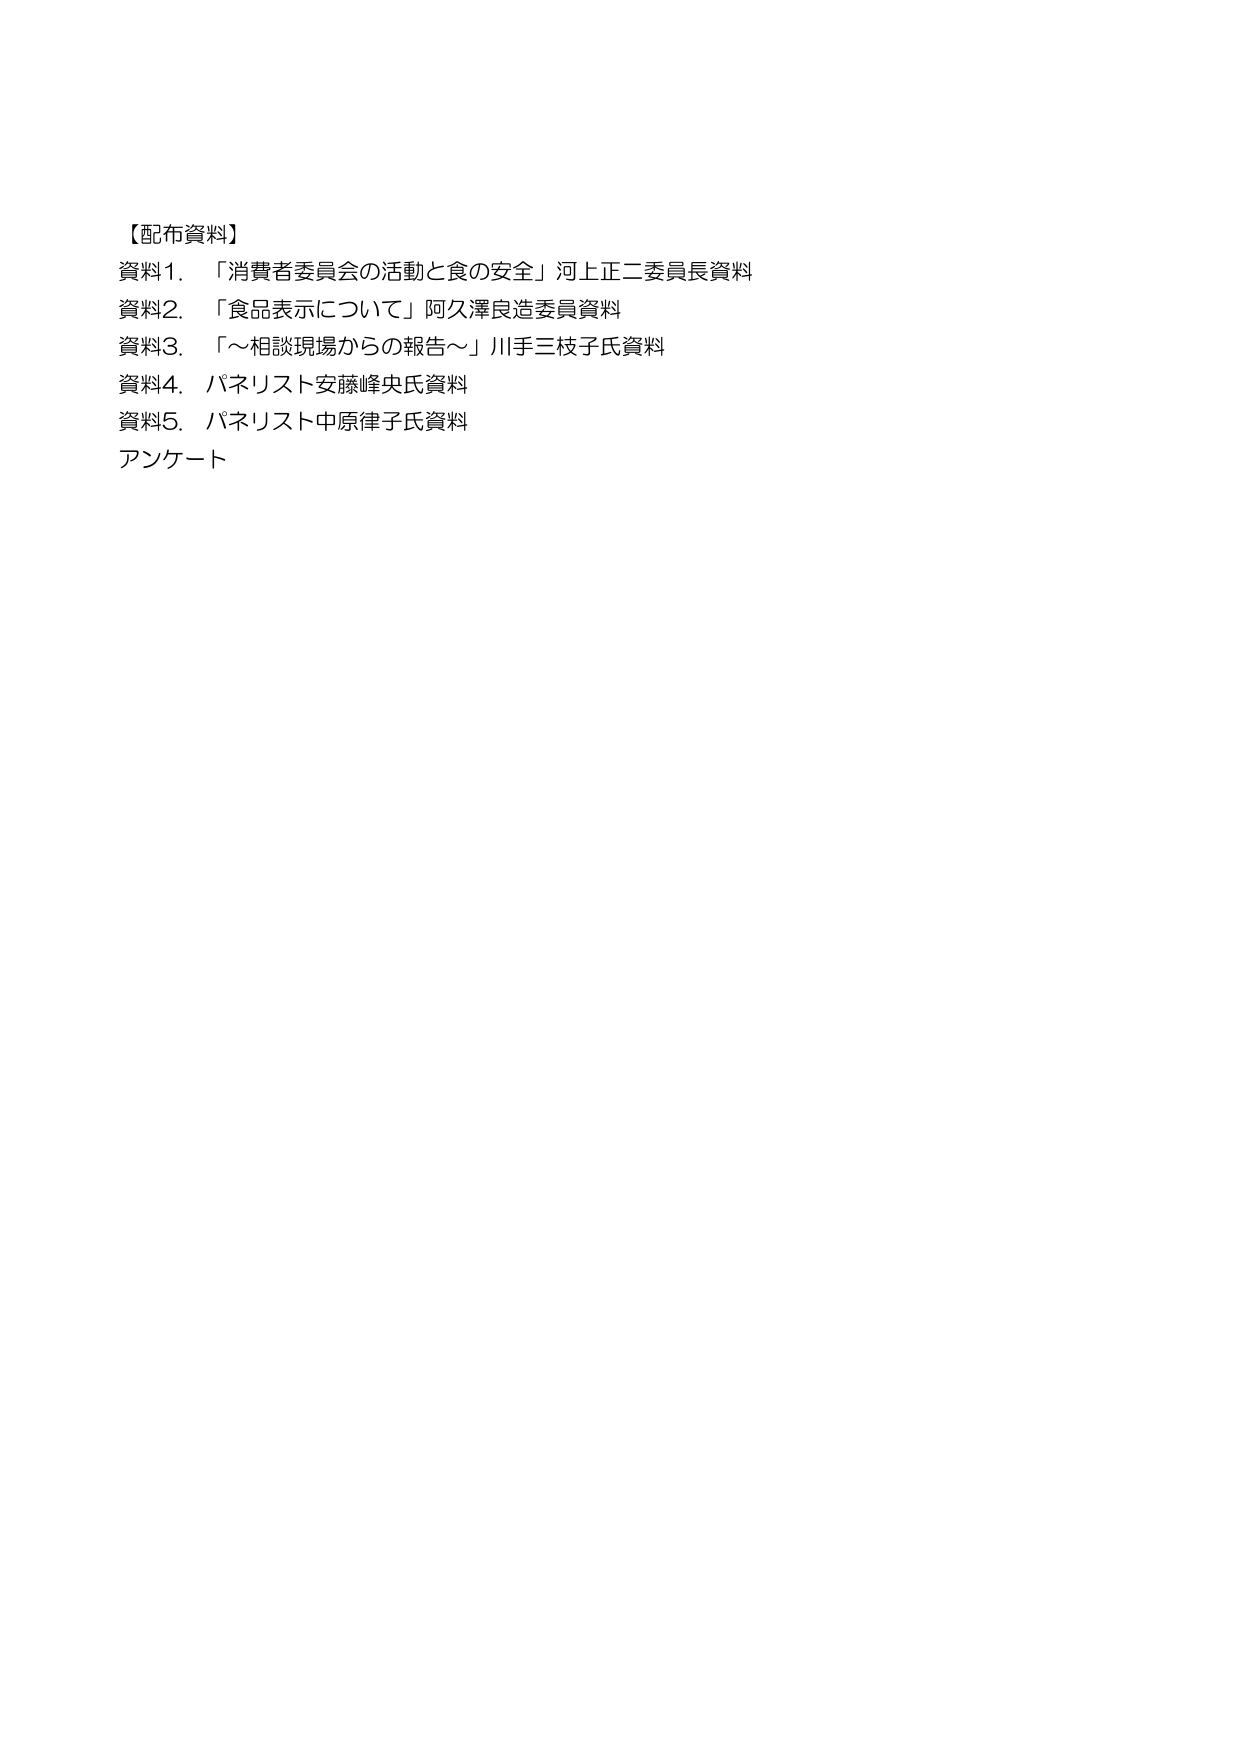
【配布資料】
資料1. 「消費者委員会の活動と食の安全」河上正二委員長資料
資料2. 「食品表示について」阿久澤良造委員資料
資料3. 「～相談現場からの報告～」川手三枝子氏資料
資料4. パネリスト安藤峰央氏資料
資料5. パネリスト中原律子氏資料
アンケート